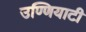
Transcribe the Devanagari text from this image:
उण्णियाटी